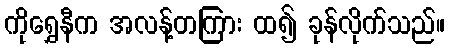
ကိုရွှေနီက အလန့်တကြား ထ၍ ခုန်လိုက်သည်။